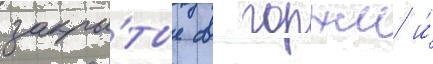
закры́тые с горжи и́